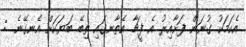
އެކަމަކު ގުނަން ފަށާއިރު އެ ފީޗާ އެތާނގައި ތިބޭ ބަޔަކަށް އެނގޭނެ. :